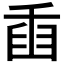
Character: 𦥫